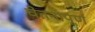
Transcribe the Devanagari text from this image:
चेतनापूर्ण